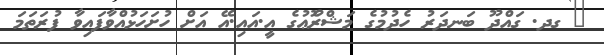
_ ގދ. ގައްދޫ ބަނދަރު ހެދުމުގެ މަޝްރޫެޢުގެ އީ.އައި.އޭ އަށް ހުށަހަޅުއްވާފައިވާ ފުރަތަމަ